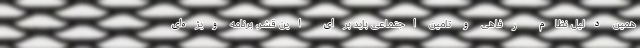
همین دلیل نظام رفاهی و تامین اجتماعی باید برای این قشر، برنامه ویژه‌ای